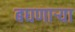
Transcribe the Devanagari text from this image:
बघणार्‍या